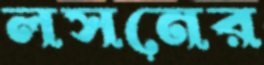
লসনের